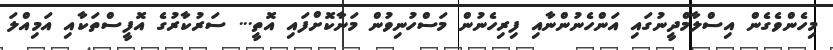
މިހެންވެގެން އިސްލާމްދީނުގައި އަންހެނުންނާއި ފިރިހެނުން މަސްހުނިވުން މަނާކޮށްފައި އޮތީ... ސަރުކާރުގެ އޮފީސްތަކާއި އަމިއްލަ